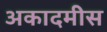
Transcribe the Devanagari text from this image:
अकादमीस